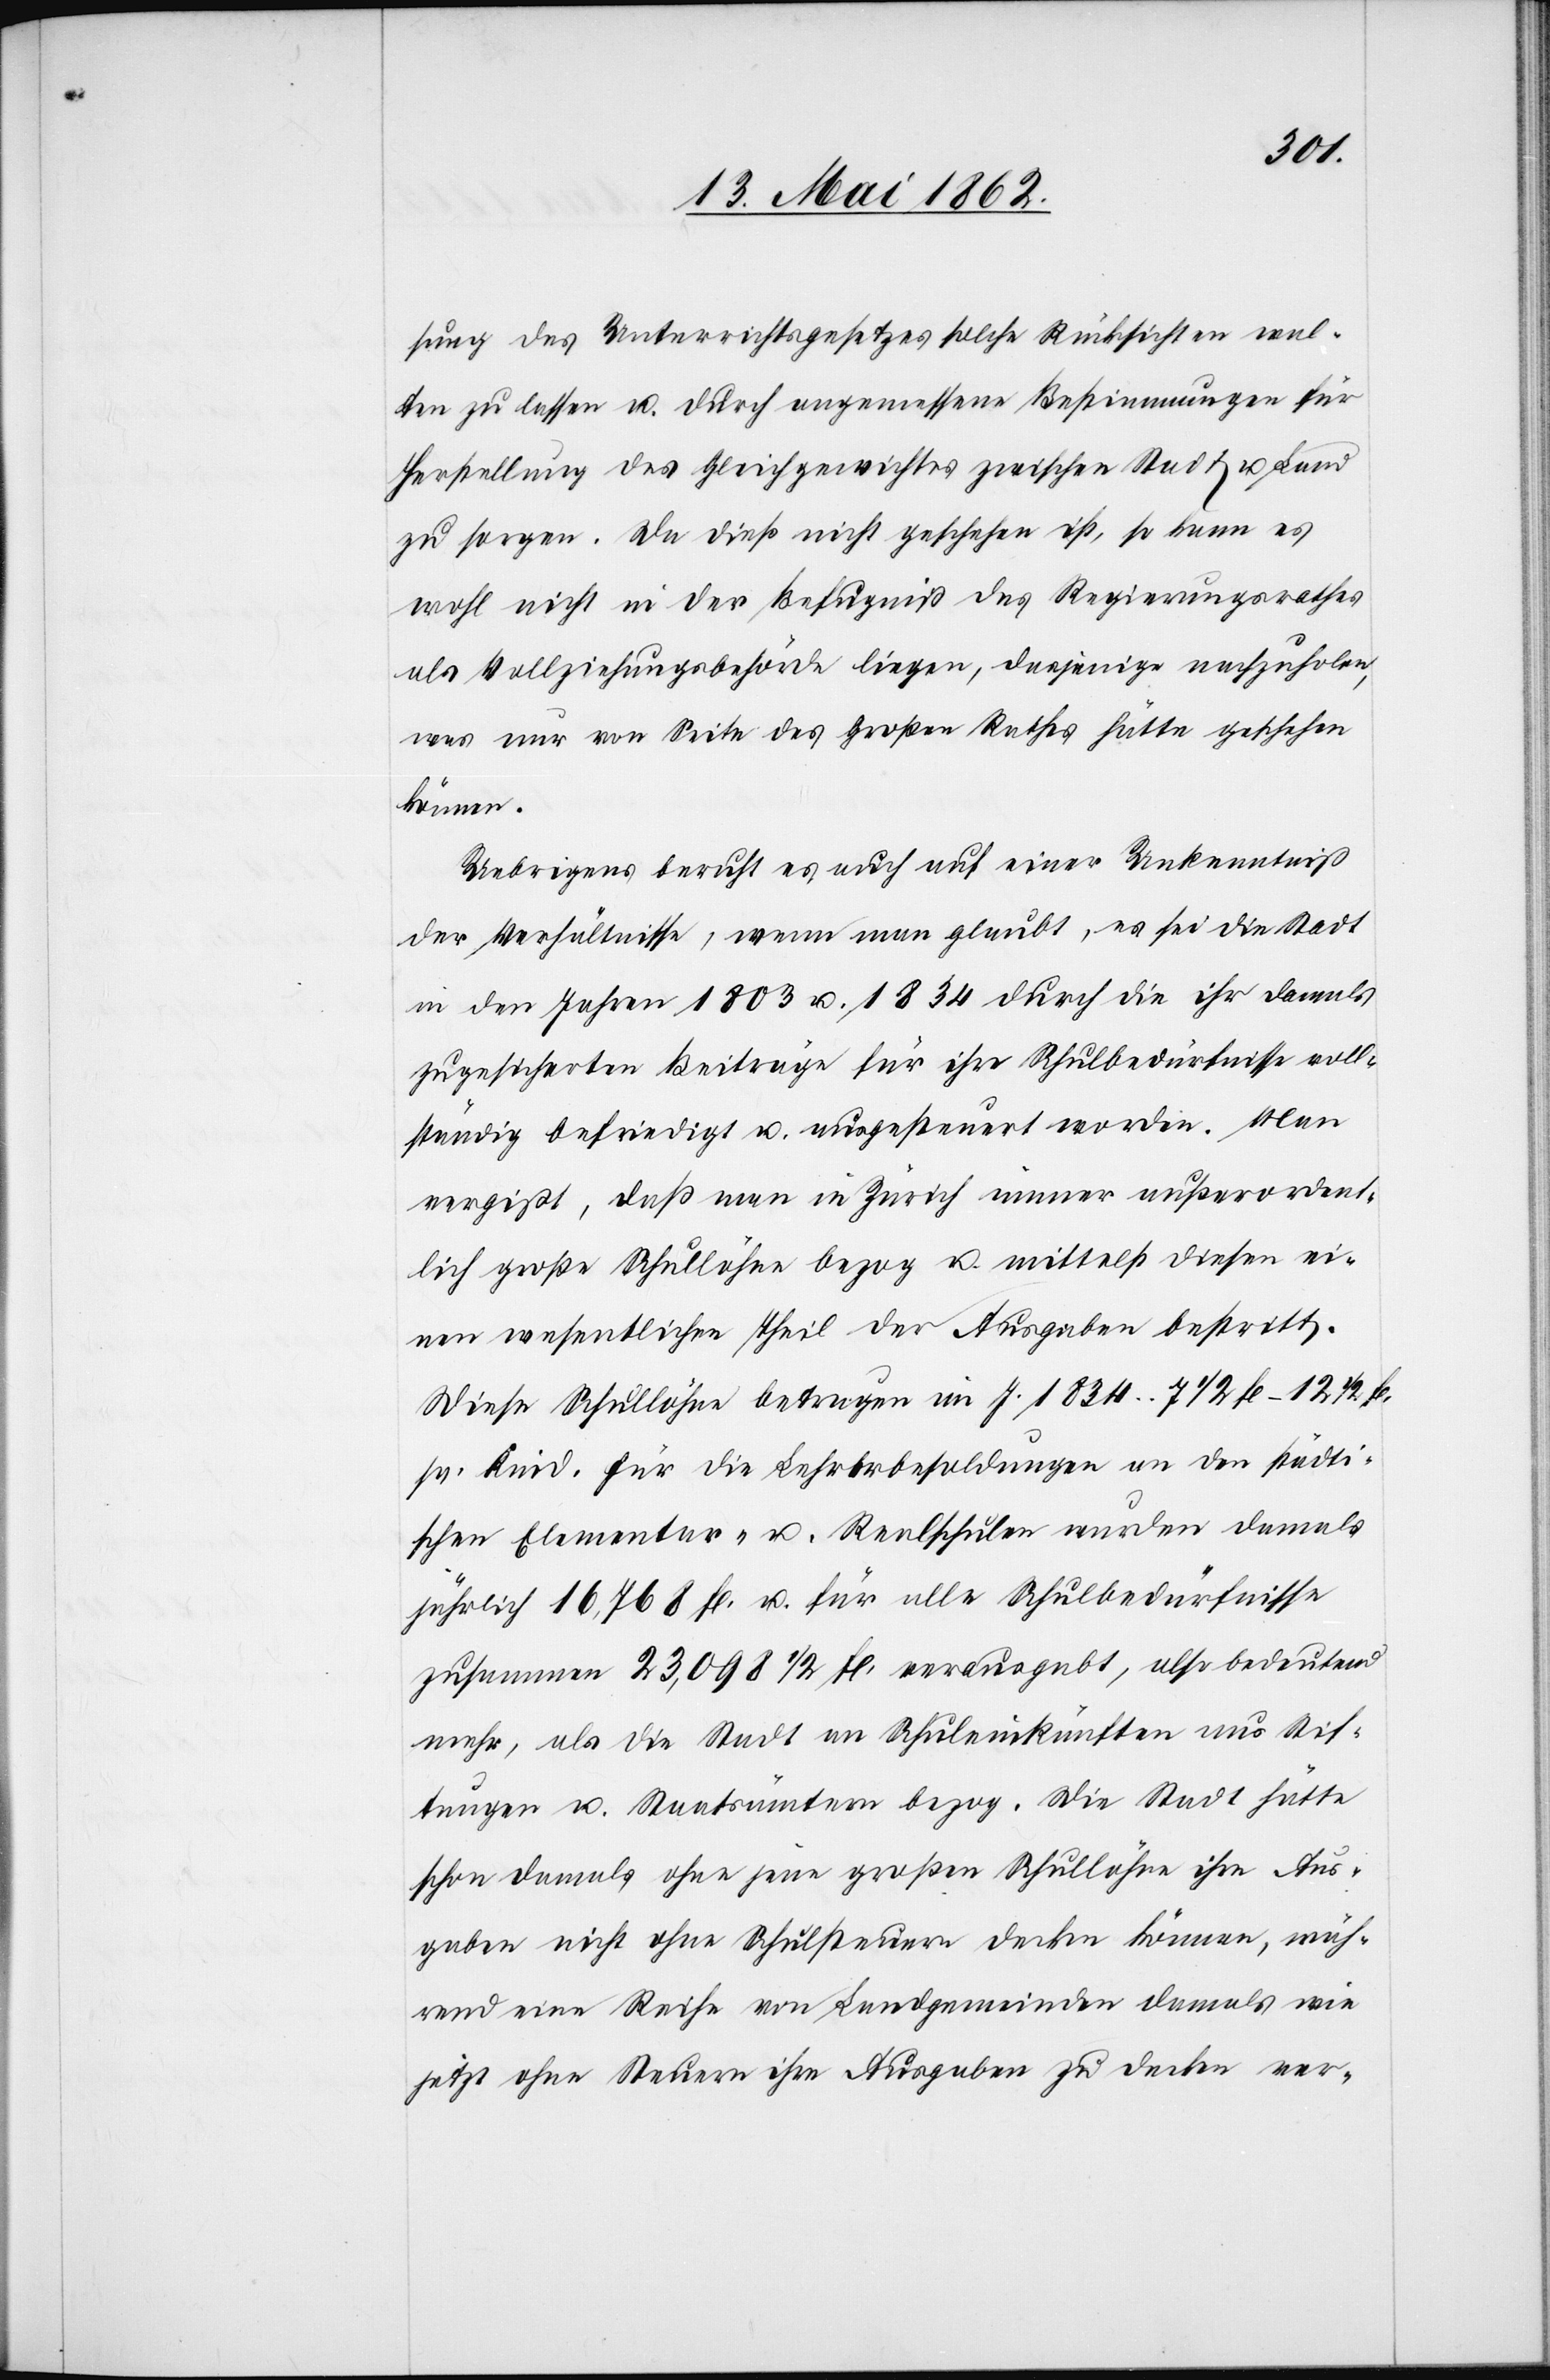
sung des Unterrichtsgesetzes solche Rücksichten wal¬
ten zu lassen u. durch angemessene Bestimmungen für
Herstellung des Gleichgewichtes zwischen Stadt u. Land
zu sorgen. Da dieß nicht geschehen ist, so kann es
wohl nicht in der Befugniß des Regierungsrathes
als Vollziehungsbehörde liegen, dasjenige nachzuholen,
was nur von Seite des Großen Rathes hätte geschehen
können.
Uebrigens beruht es auch auf einer Unkenntniß
der Verhältnisse, wenn man glaubt, es sei die Stadt
in den Jahren 1803 u. 1834 durch die ihr damals
zugesicherten Beiträge für ihre Schulbedürfnisse voll¬
ständig befriedigt u. ausgesteuert worden. Man
vergißt, daß man in Zürich immer außerordent¬
lich große Schullöhne bezog u. mittelst diesen ei¬
nen wesentlichen Theil der Ausgaben bestritt.
Diese Schullöhne betrugen im J. 1834 7 1/2–12 1/2 fl.
pr. Kind. Für die Lehrerbesoldungen an den städti¬
schen Elementar- u. Realschulen wurden damals
jährlich 16,768 fl. u. für alle Schulbedürfnisse
zusammen 23,098 1/2 fl. verausgabt, also bedeutend
mehr, als die Stadt an Schuleinkünften aus Stif¬
tungen u. Staatsämtern bezog. Die Stadt hätte
schon damals ohne jene großen Schullöhne ihre Aus¬
gaben nicht ohne Schulsteuern decken können, wäh¬
rend eine Reihe von Landgemeinden damals wie
jetzt ohne Steuern ihre Ausgaben zu decken ver-